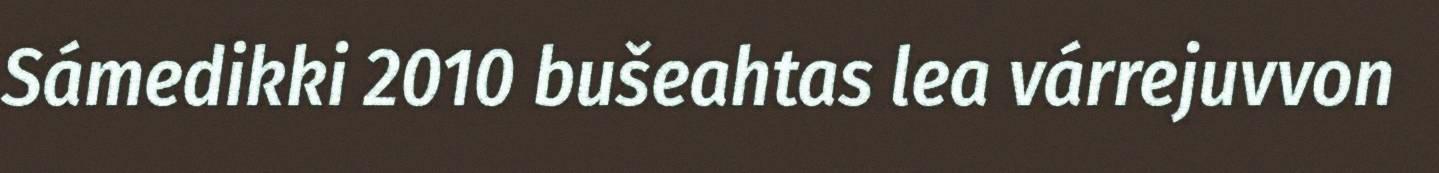
Sámedikki 2010 bušeahtas lea várrejuvvon